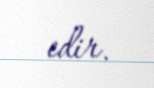
edir.